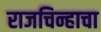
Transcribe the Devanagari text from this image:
राजचिन्हाचा